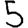
Digit: 5